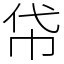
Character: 帒